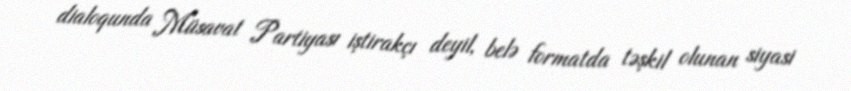
dialoqunda Müsavat Partiyası iştirakçı deyil, belə formatda təşkil olunan siyasi